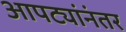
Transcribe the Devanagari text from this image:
आपट्यांनंतर